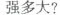
压强多大?